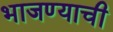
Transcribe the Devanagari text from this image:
भाजण्याची